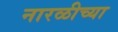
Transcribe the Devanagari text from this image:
नारळीच्या